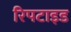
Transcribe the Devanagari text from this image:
रिपटाइड